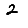
Digit: 2